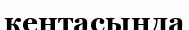
кентасында